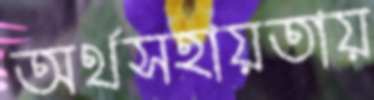
অর্থসহায়তায়